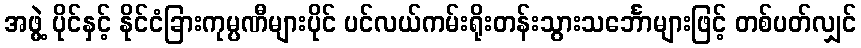
အဖွဲ့ ပိုင်နှင့် နိုင်ငံခြားကုမ္ပဏီများပိုင် ပင်လယ်ကမ်းရိုးတန်းသွားသင်္ဘောများဖြင့် တစ်ပတ်လျှင်